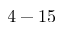
4 - 1 5